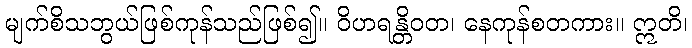
မျက်စိသဘွယ်ဖြစ်ကုန်သည်ဖြစ်၍။ ဝိဟရန္တိဝတ၊ နေကုန်စတကား။ ဣတိ၊